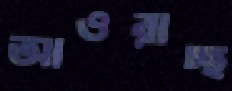
আওরাচ্ছ